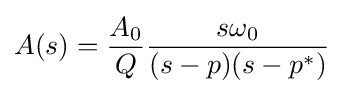
A(s)={\frac {A_{0}}{Q}}{\frac {s\omega _{0}}{(s-p)(s-p^{*})}}